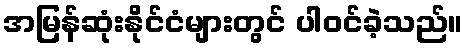
အမြန်ဆုံးနိုင်ငံများတွင် ပါဝင်ခဲ့သည်။